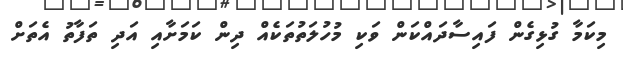
މިކަމާ ގުޅިގެން ފައިސާދައްކަން ވަކި މުހުލަތުތަކެއް ދިން ކަމަށާއި އަދި ތަފާތު އެތަށް